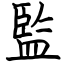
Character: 監